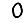
Digit: 0